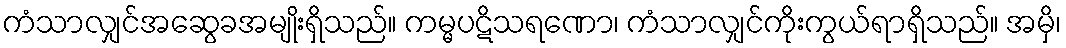
ကံသာလျှင်အဆွေခအမျိုးရှိသည်။ ကမ္မပဋိသရဏော၊ ကံသာလျှင်ကိုးကွယ်ရာရှိသည်။ အမှိ၊